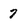
Character: 7